Source: Handwritten
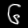
Digit: ၆ (6)